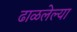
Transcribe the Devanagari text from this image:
ढाळलेल्या